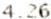
4.26